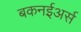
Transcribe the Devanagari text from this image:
बकनईअर्स